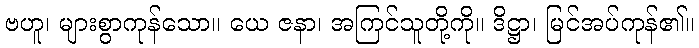
ဗဟူ၊ များစွာကုန်သော။ ယေ ဇနာ၊ အကြင်သူတို့ကို။ ဒိဋ္ဌာ၊ မြင်အပ်ကုန်၏။